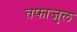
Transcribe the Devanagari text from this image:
तफाजुल